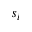
s _ { i }